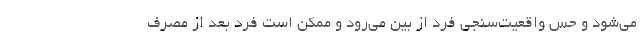
می‌شود و حس واقعیت‌سنجی فرد از بین می‌رود و ممکن است فرد بعد از مصرف